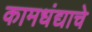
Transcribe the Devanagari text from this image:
कामधंद्याचे